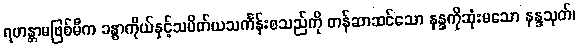
ရဟန္တာမဖြစ်မီက ခန္ဓာကိုယ်နှင့်သပိတ်ယသင်္ကန်းစသည်ကို တန်ဆာဆင်သော နန္ဒကိုဆုံးမသော နန္ဒသုတ်၊